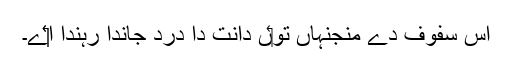
اس سفوف دے منجنہاں تو‏ں دانت دا درد جاندا رہندا ا‏‏ے۔